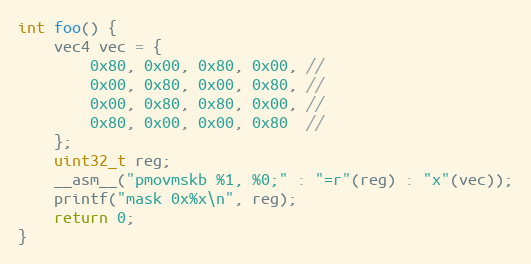
Language: C
int foo() {
    vec4 vec = {
        0x80, 0x00, 0x80, 0x00, //
        0x00, 0x80, 0x00, 0x80, //
        0x00, 0x80, 0x80, 0x00, //
        0x80, 0x00, 0x00, 0x80  //
    };
    uint32_t reg;
    __asm__("pmovmskb %1, %0;" : "=r"(reg) : "x"(vec));
    printf("mask 0x%x\n", reg);
    return 0;
}